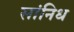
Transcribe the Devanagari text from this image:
सांनिध